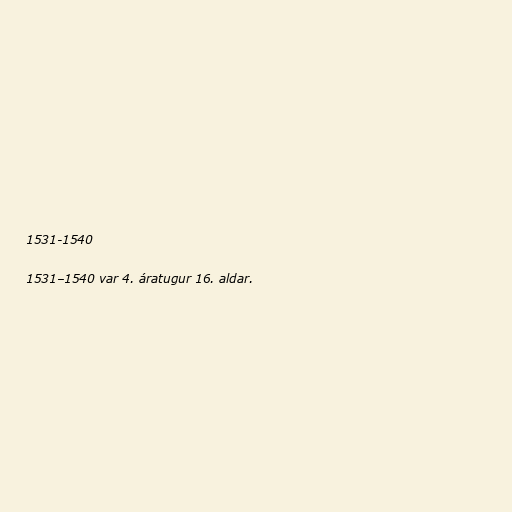
1531-1540

1531–1540 var 4. áratugur 16. aldar.